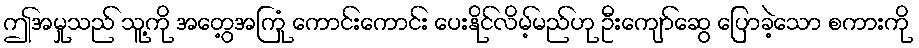
ဤအမှုသည် သူ့ကို အတွေ့အကြုံ ကောင်းကောင်း ပေးနိုင်လိမ့်မည်ဟု ဦးကျော်ဆွေ ပြောခဲ့သော စကားကို